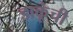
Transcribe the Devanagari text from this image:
डाकूंची